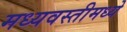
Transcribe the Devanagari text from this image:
मध्यवस्तीमध्ये